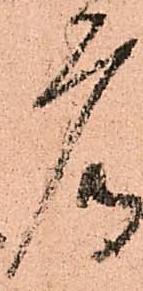
广